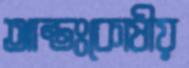
আন্তঃকোষীয়